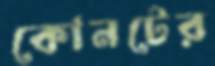
কোনটের